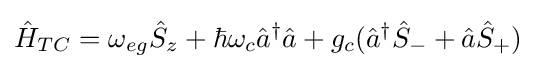
{\hat {H}}_{TC}=\omega _{eg}{\hat {S}}_{z}+\hbar \omega _{c}{\hat {a}}^{\dagger }{\hat {a}}+g_{c}({\hat {a}}^{\dagger }{\hat {S}}_{-}+{\hat {a}}{\hat {S}}_{+})